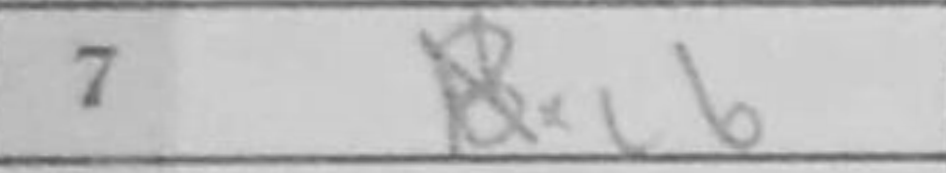
Transcription: Nxc6